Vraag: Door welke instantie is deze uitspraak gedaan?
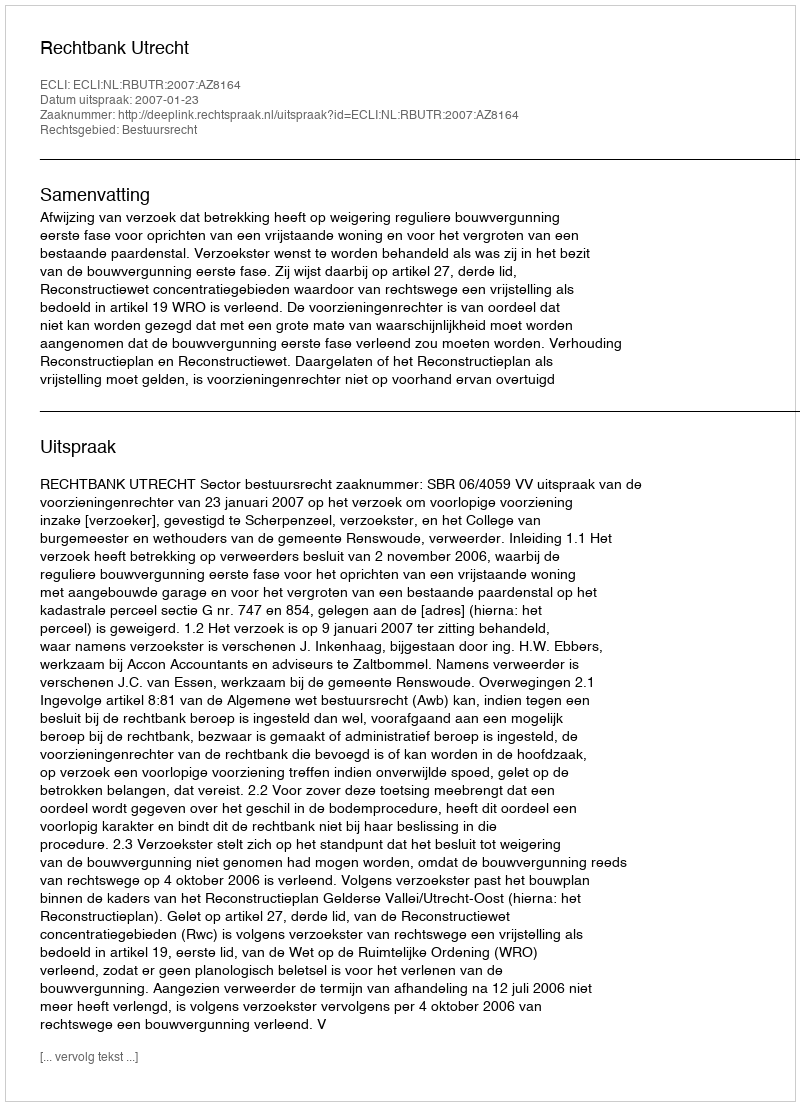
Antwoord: Rechtbank Utrecht